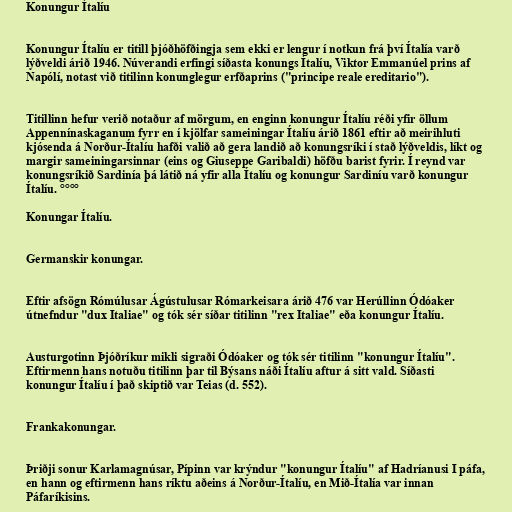
Konungur Ítalíu

Konungur Ítalíu er titill þjóðhöfðingja sem ekki er lengur í notkun frá því Ítalía varð
lýðveldi árið 1946. Núverandi erfingi síðasta konungs Ítalíu, Viktor Emmanúel prins af
Napólí, notast við titilinn konunglegur erfðaprins ("principe reale ereditario").

Titillinn hefur verið notaður af mörgum, en enginn konungur Ítalíu réði yfir öllum
Appennínaskaganum fyrr en í kjölfar sameiningar Ítalíu árið 1861 eftir að meirihluti
kjósenda á Norður-Ítalíu hafði valið að gera landið að konungsríki í stað lýðveldis, líkt og
margir sameiningarsinnar (eins og Giuseppe Garibaldi) höfðu barist fyrir. Í reynd var
konungsríkið Sardinía þá látið ná yfir alla Ítalíu og konungur Sardiníu varð konungur
Ítalíu. °°°°

Konungar Ítalíu.

Germanskir konungar.

Eftir afsögn Rómúlusar Ágústulusar Rómarkeisara árið 476 var Herúllinn Ódóaker
útnefndur "dux Italiae" og tók sér síðar titilinn "rex Italiae" eða konungur Ítalíu.

Austurgotinn Þjóðríkur mikli sigraði Ódóaker og tók sér titilinn "konungur Ítalíu".
Eftirmenn hans notuðu titilinn þar til Býsans náði Ítalíu aftur á sitt vald. Síðasti
konungur Ítalíu í það skiptið var Teias (d. 552).

Frankakonungar.

Þriðji sonur Karlamagnúsar, Pípinn var krýndur "konungur Ítalíu" af Hadríanusi I páfa,
en hann og eftirmenn hans ríktu aðeins á Norður-Ítalíu, en Mið-Ítalía var innan
Páfaríkisins.